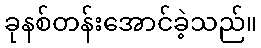
ခုနစ်တန်းအောင်ခဲ့သည်။